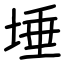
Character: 埵